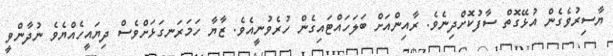
ޔާސިރުވެގެން އުޅޭގޮތް ސާފުކޮށްދިނެވެ. ރާއިންއަށް ބަލަހައްޓައިގެން ހުރެވުނީއެވެ. ޒާޔާ ހަމަރަނގަޅަށްވެސް ދިޔައީހެއްޔެވެ ނުދާންވީ